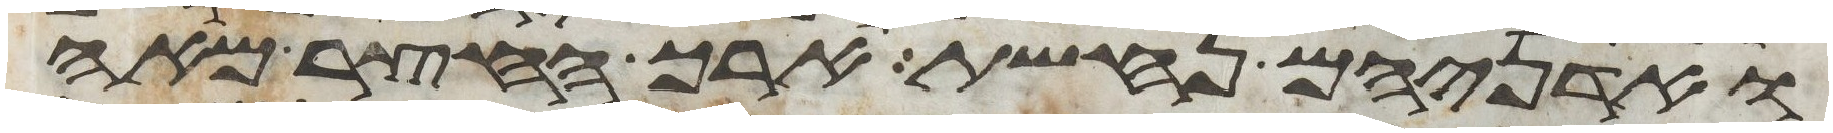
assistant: ואדניהם נחשת ארך החצר מאה